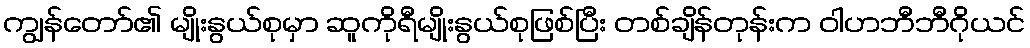
ကျွန်တော်၏ မျိုးနွယ်စုမှာ ဆူကိုရီမျိုးနွယ်စုဖြစ်ပြီး တစ်ချိန်တုန်းက ဝါဟဘီဘီဂိုယင်